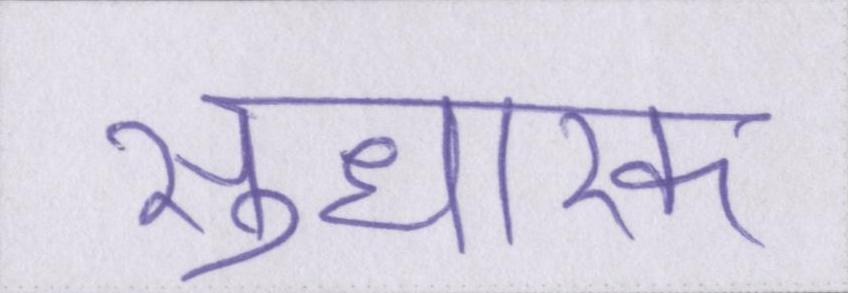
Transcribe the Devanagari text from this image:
सुधारक